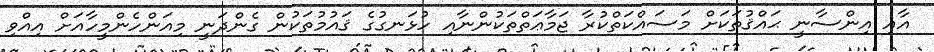
އާއި އިންސާނީ ޙައްޤުތަކަށް މަސައްކަތްކުރާ ޖަމާޢަތްތަކުންނާއި ހުޅަނގުގެ ޤައުމުތަކުން ގެންދަނީ މިއަންހެންމީހާއަށް އިއްވި